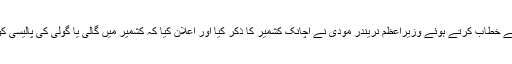
دہلی میں منعقدہ تقریب سے خطاب کرتے ہوئے وزیراعظم نریندر مودی نے اچانک کشمیر کا ذکر کیا اور اعلان کیا کہ کشمیر میں گالی یا گولی کی پالیسی کو چلنے نہیں دیاجائے گا ۔